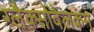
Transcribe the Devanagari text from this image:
ग्लैक्सोवेलकम